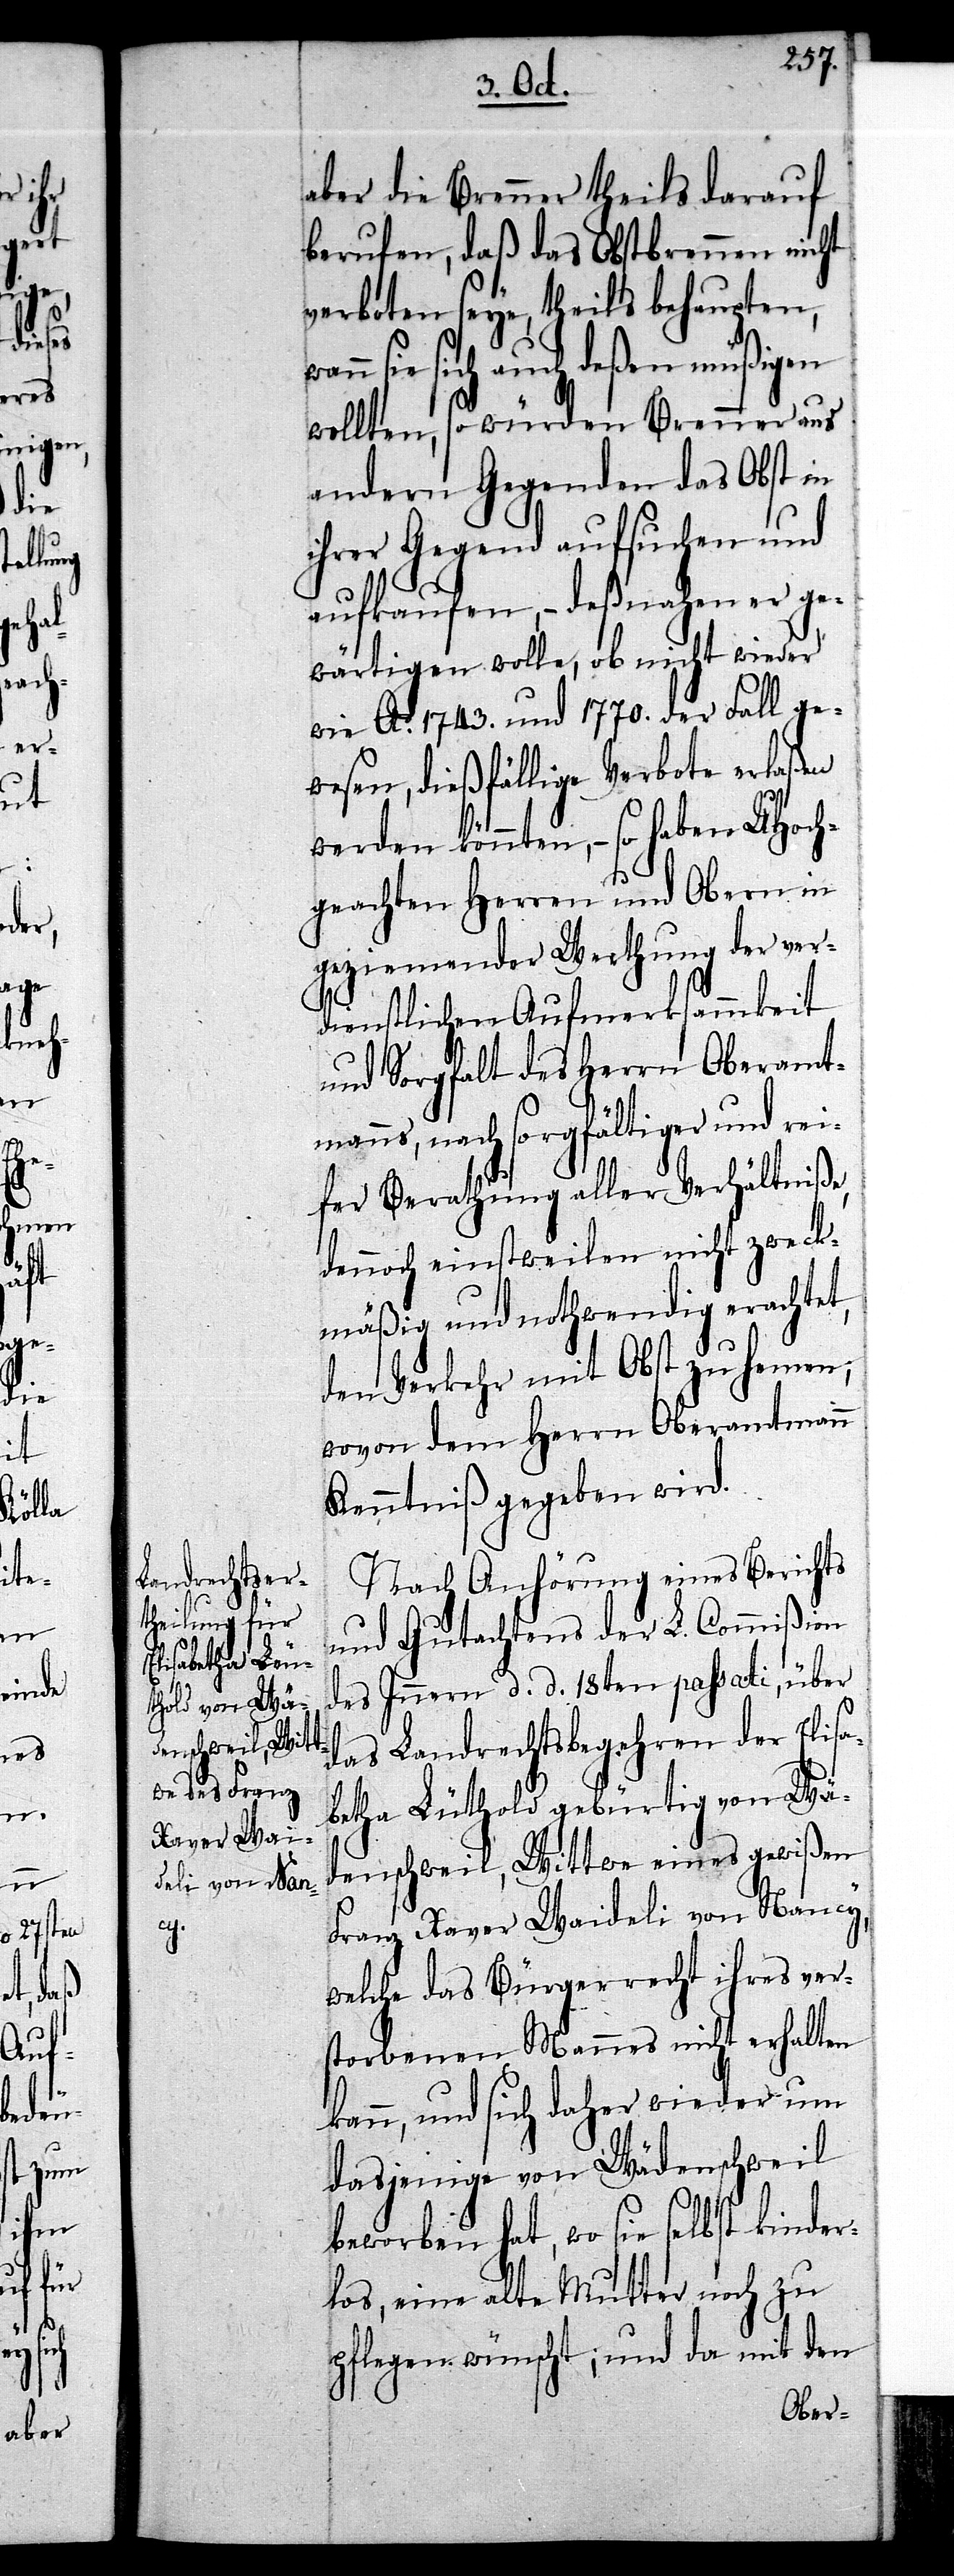
sabetha Lüt¬
ge¬
bürtig von Wä¬

aber die Brenner theils darauf
berufen, daß das Obstbrennen nicht
verboten seye, theils behaupten,
nn sie sich auch deßen müßigen
wollten, so würden Brenner aus
andern Gegenden das Obst in
ihrer Gegend aufsuchen und
aufkaufen, – deßnahen er ge¬
wärtigen wolle, ob nicht wieder
wie Ao. 1743. und 1770. der Fall ge¬
wesen, dießfällige Verbote erlaßen
werden könnten, – so haben UHoch¬
geachten Herren und Obern in
geziemender Werthung der ver¬
dienstlichen Aufmerksamkeit
und Sorgfalt des Herrn Oberamt¬
manns, nach sorgfältiger und rei¬
fer Berathung aller Verhältniße,
dennoch einstweilen nicht zweck¬
mäßig und nothwendig erachtet,
den Verkehr mit Obst zu hemen;
wovon dem Herrn Oberamtmann
Kenntniß gegeben wird.
Nach Anhörung eines Berichts
und Gutachtens der L. Commißion
des Innern d. d. 18ten passati, über
das Landrechtsbegehren der Eli¬
denschweil, Wittwe eines gewißen
Franz Xaver Waideli von Nancy,
welche das Bürgerrecht ihres ver¬
storbenen Mannes nicht erhalten
kann, und sich daher wieder um
dasjenige von Wädenschweil
beworben hat, wo sie selbst kinder¬
los, eine alte Mutter noch zu
pflegen wünscht; und da mit den